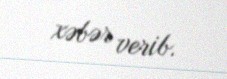
xəbər verib.